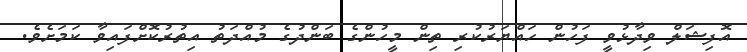
އޮފިޝަލް ވިދާޅުވީ ފަހުން ހައްޔަރުކުރި ތިން މީހުންގެ ބަންދުގެ މުއްދަތު އިތުރުކޮށްފައިވާ ކަމަށެވެ.